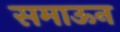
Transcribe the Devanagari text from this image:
समाऊन